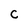
Character: C